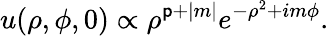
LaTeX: u(\rho,\phi,0)\propto\rho^{{\mathsf{p}}+|m|}e^{-\rho^{2}+im\phi}.